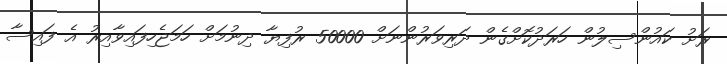
ރަށު ކައުންސިލުން ހަރަދުކޮށްގެން ދަރިވަރުންނަށް 50000 ރުފިޔާ ދިނުމަށް ހަމަޖެހިފައިވާއިރު އެ ފައިސާ